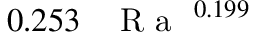
0 . 2 5 3 \, \mathrm { ~ \textit ~ { ~ R ~ a ~ } ~ } ^ { 0 . 1 9 9 }